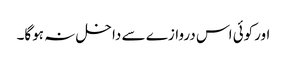
اورکوئی اس دروازے سے داخل نہ ہوگا۔